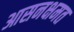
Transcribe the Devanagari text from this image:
आसनक्षमत